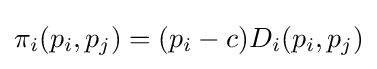
\pi _{i}(p_{i},p_{j})=(p_{i}-c)D_{i}(p_{i},p_{j})